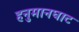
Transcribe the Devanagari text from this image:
हनुमानघाट